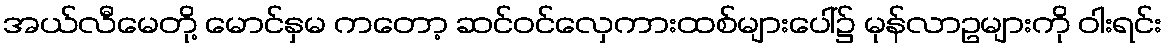
အယ်လီမေတို့ မောင်နှမ ကတော့ ဆင်ဝင်လှေကားထစ်များပေါ်၌ မုန်လာဥများကို ဝါးရင်း